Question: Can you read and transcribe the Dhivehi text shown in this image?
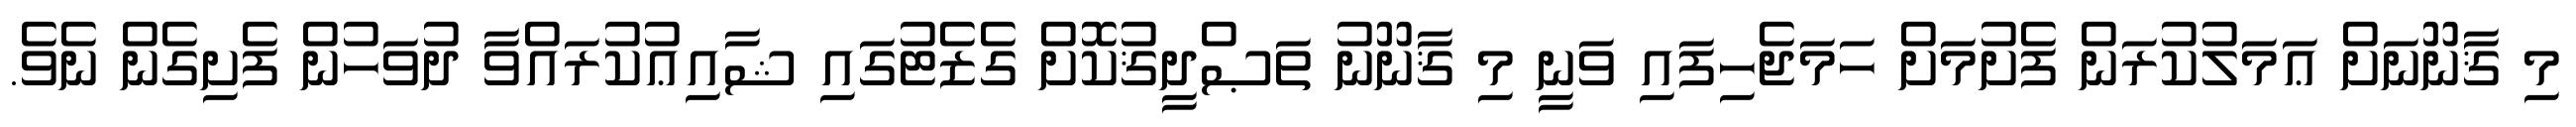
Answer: މި ޤާނޫނަށް ޢަމަލުކުރަން ފެށުމަށް ހަމަޖެހިފައި ވަނީ މި ޤާނޫނު ތަޞްދީޤުކޮށް ގެޒެޓުގައި ޝާއިޢުކުރައްވާ ދުވަހުން ފެށިގެން ނެވެ.